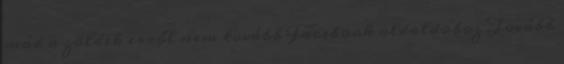
mód a zöldek erről nem tovább Facebook oldaldoboz Tovább